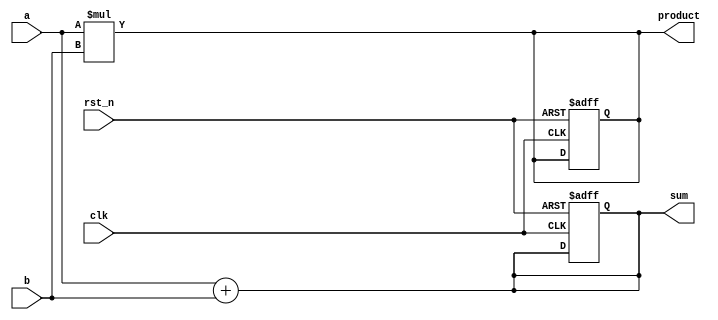
module example_design (
    input wire clk,              // Clock input
    input wire rst_n,            // Active low reset
    input wire [3:0] a,          // 4-bit input
    input wire [3:0] b,          // 4-bit input
    output reg [3:0] sum,        // 4-bit output for sum
    output reg [3:0] product     // 4-bit output for product
);

    // Combinational logic block
    always @* begin
        sum = a + b;              // Calculate sum of a and b
        product = a * b;         // Calculate product of a and b
    end

    // Sequential logic block
    always @(posedge clk or negedge rst_n) begin
        if (!rst_n) begin
            // Reset the outputs to zero
            sum <= 4'b0000;
            product <= 4'b0000;
        end else begin
            // On clock edge, update outputs (example logic)
            // In this case, updating sum and product to hold the last values computed
            // by combinational logic.
            sum <= sum;            // This would normally be a state update
            product <= product;    // This would normally be a state update
        end
    end

endmodule